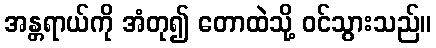
အန္တရာယ်ကို အံတု၍ တောထဲသို့ ဝင်သွားသည်။